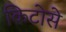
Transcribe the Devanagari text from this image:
किटोसे